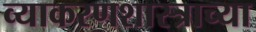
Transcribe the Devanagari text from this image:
व्याकरणशास्त्राच्या